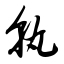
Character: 孰